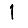
Digit: 1